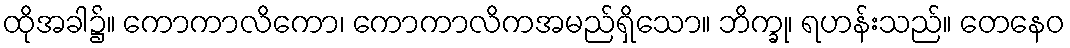
ထိုအခါ၌။ ကောကာလိကော၊ ကောကာလိကအမည်ရှိသော။ ဘိက္ခု၊ ရဟန်းသည်။ တေနေဝ